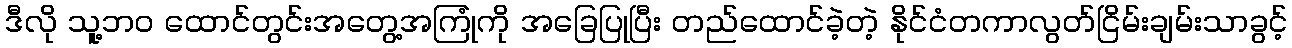
ဒီလို သူ့ဘဝ ထောင်တွင်းအတွေ့အကြုံကို အခြေပြုပြီး တည်ထောင်ခဲ့တဲ့ နိုင်ငံတကာလွတ်ငြိမ်းချမ်းသာခွင့်